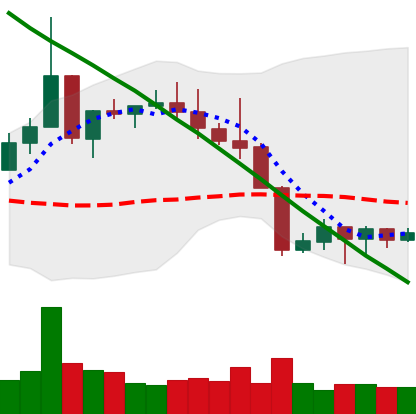
Ticker: XLM-USD
Chart end date: 2022-08-25
Forward return: -7.188%
Label: down_7plus